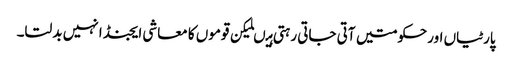
پارٹیاں اورحکومتیں آتی جاتی رہتی ہیںلیکن قوموں کا معاشی ایجنڈا نہیں بدلتا۔